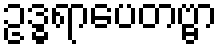
ဥဒ္ဓရာပေတဗ္ဗာ